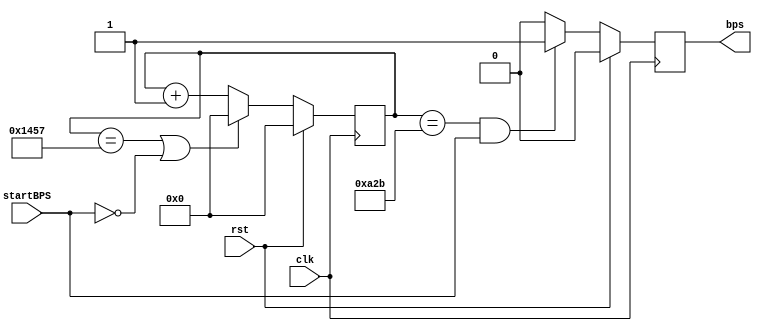
module RS232BaudRateController (
    input wire clk,
    input wire rst,
    input wire startBPS,
    output reg bps 
    );

reg[12:0] counter;

always @(posedge clk) begin
    if (rst) counter <= 13'b0;
    else if ((counter == 13'd5207) || !startBPS) counter <= 13'b0;
    else counter <= counter + 13'b1;
end

always @(posedge clk) begin
    if (rst) bps <= 1'b0;
    else if (counter == 13'd2603 && startBPS) bps <= 1'b1;
    else bps <= 1'b0;
end

endmodule